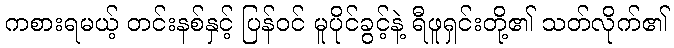
ကစားရမယ့် တင်းနစ်နှင့် ပြန်ဝင် မူပိုင်ခွင့်နဲ့ ရီဖူရှင်းတို့၏ သတ်လိုက်၏